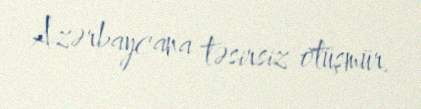
Azərbaycana təsirsiz ötüşmür.